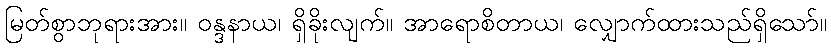
မြတ်စွာဘုရားအား။ ဝန္ဒနာယ၊ ရှိခိုးလျက်။ အာရောစိတာယ၊ လျှောက်ထားသည်ရှိသော်။